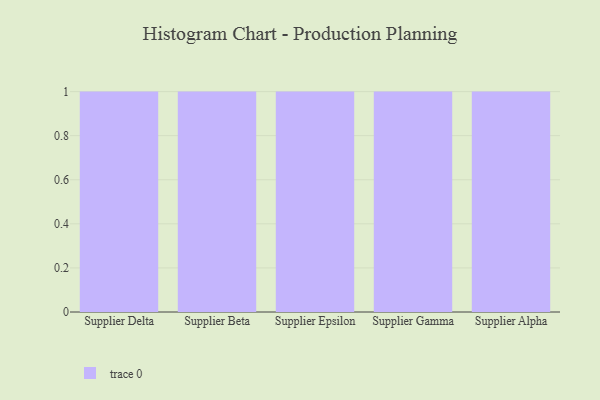
{"axis": {"x": "Supplier", "y": "Production Output"}, "legend": [""], "data": [{"x": "Supplier Delta", "y": 33, "type": ""}, {"x": "Supplier Beta", "y": 78, "type": ""}, {"x": "Supplier Epsilon", "y": 91, "type": ""}, {"x": "Supplier Gamma", "y": 67, "type": ""}, {"x": "Supplier Alpha", "y": 13, "type": ""}]}